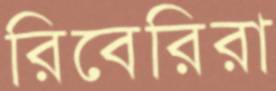
রিবেরিরা